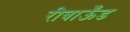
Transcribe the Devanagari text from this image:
रीबाऊँड